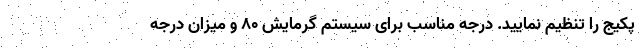
پکیج را تنظیم نمایید. درجه مناسب برای سیستم گرمایش ۸۰ و میزان درجه